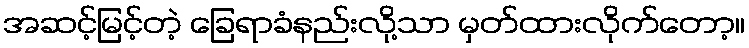
အဆင့်မြင့်တဲ့ ခြေရာခံနည်းလို့သာ မှတ်ထားလိုက်တော့။